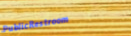
PublicRestroom